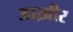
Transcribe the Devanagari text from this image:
आख़ीर